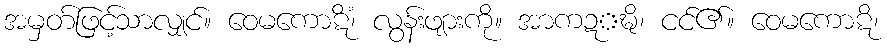
အမှတ်ဖြင့်သာလျှင်။ ဝေမကောဋိံ၊ လွန်းဖျားကို။ အာကဍ္ဍ္ဎိ၊ ငင်၏။ ဝေမကောဋိ၊